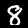
Label: 8